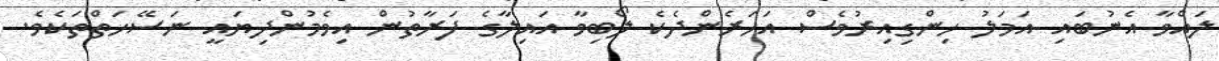
ލައްވާ އެނުބައި އަމަލު ހިންގިއިރުވެސް އަހަރެންދެކެ ލޯބިވާ އައިލާގެ ފަރާތުން އިވެމުންދިޔައީ ނަސޭހަތްތަކެވެ.